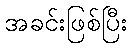
အခင်းဖြစ်ပြီး